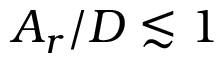
A _ { r } / D \lesssim 1